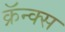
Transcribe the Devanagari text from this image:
क्रॅन्क्स